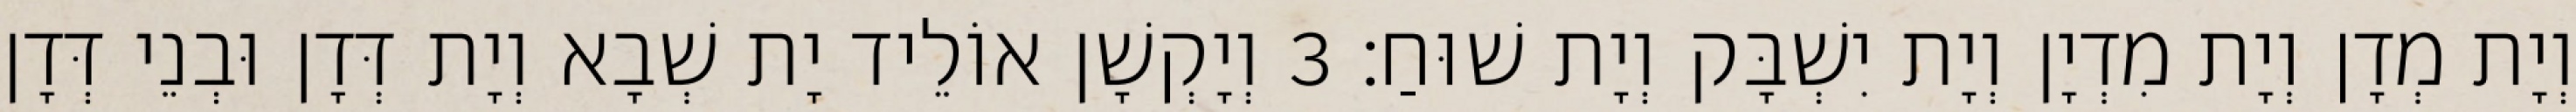
וְיָת מְדָן וְיָת מִדְיָן וְיָת יִשְׁבָּק וְיָת שׁוּחַ׃ 3 וְיָקְשָׁן אוֹלֵיד יָת שְׁבָא וְיָת דְּדָן וּבְנֵי דְּדָן